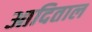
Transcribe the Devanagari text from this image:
आदिताल